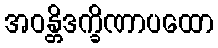
အဝန္တိဒက္ခိဏာပထော